NAE_EAOK_eestikeelsed_sunnimeetrikad, lk 33
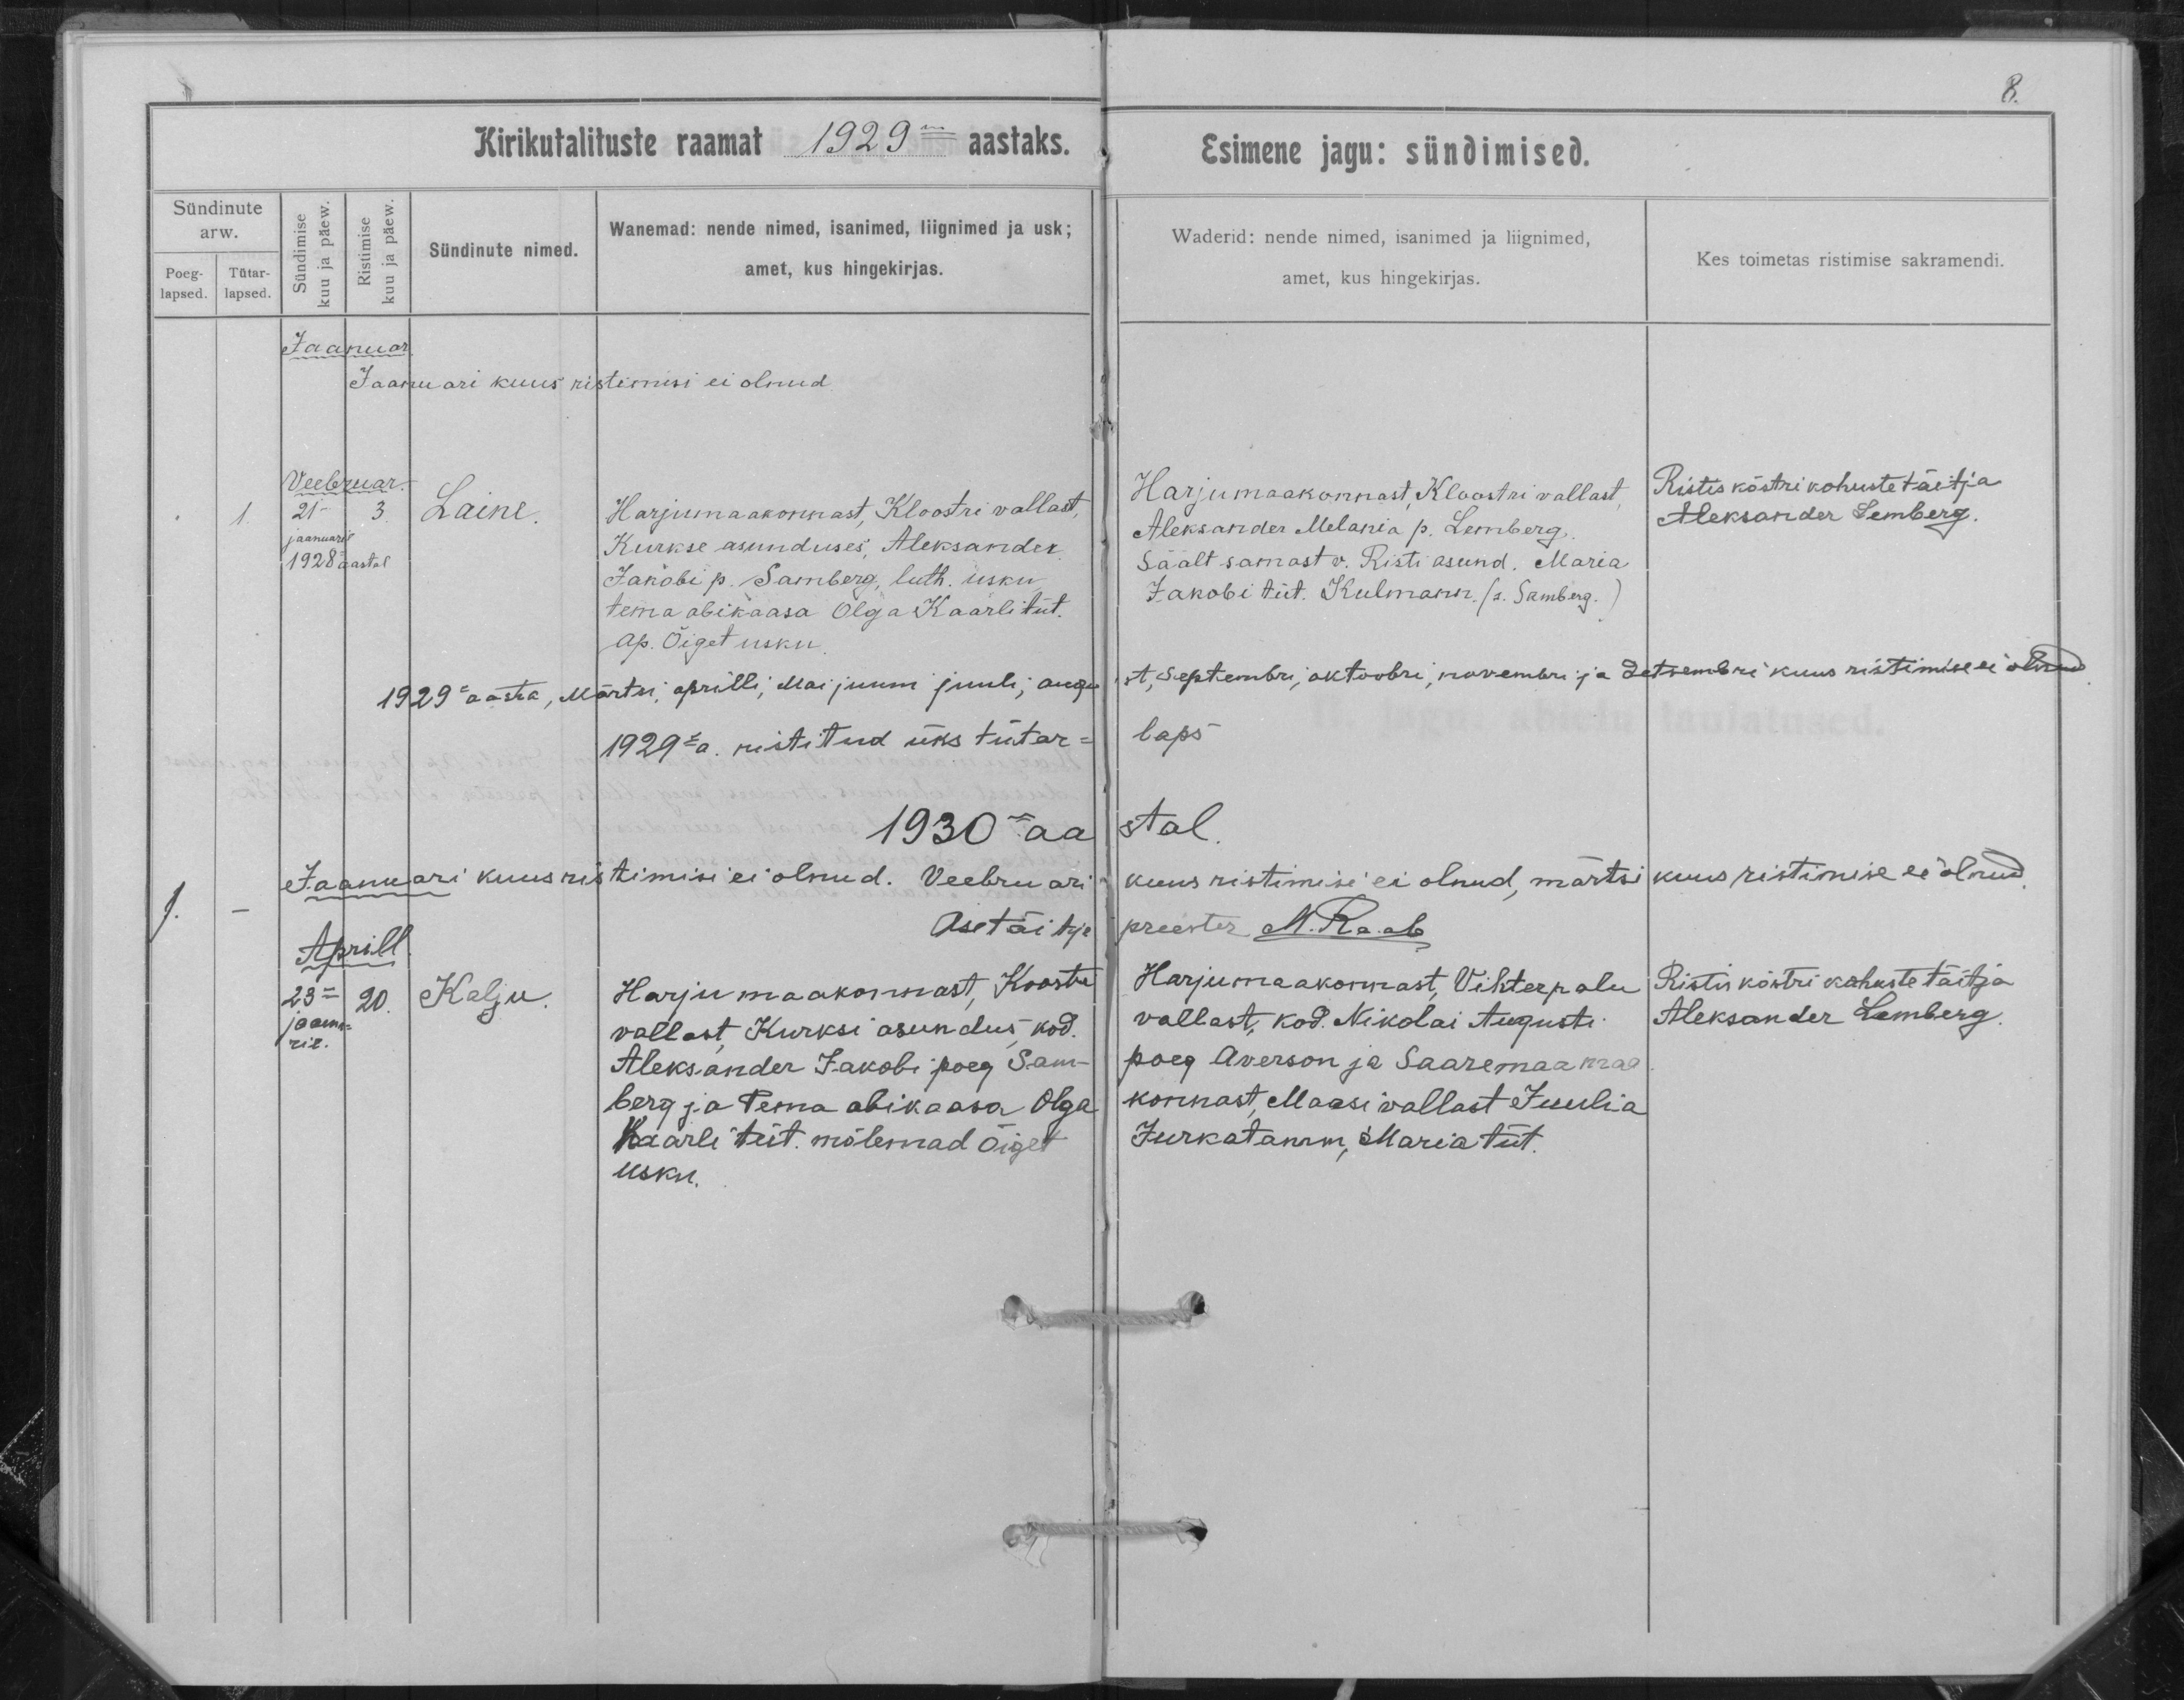
Laine

Kalju

Harju maakonnast, Kloostri vallast,
Kurkse asunduses, Aleksander
Jakobi p. Samberg, Luth. usku
tema abikaasa Olga Kaarli tüt.
Ap. Õiget usku.

Harju maakonnast, Koostri
vallast, Kurksi asundus, kod.
Aleksander Jakobi poeg Sam-
berg ja tema abikaasa Olga
Kaarli tüt. mõlemad Õiget
usku.